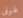
طونى